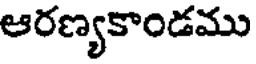
ఆరణ్యకాండము